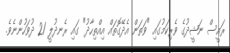
ރައީސް ނަޝީދުގެ ވެރިކަމުގައި "ވަތަން އެދޭގޮތައް އިއްތިހާދު" ގައި ރެނދުލީ 21 ދުވަހުންނެވެ.